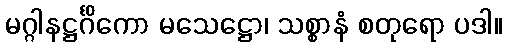
မဂ္ဂါနဋ္ဌင်္ဂိကော မသေဋ္ဌော၊ သစ္စာနံ စတုရော ပဒါ။